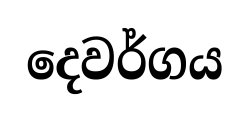
දෙවර්ගය